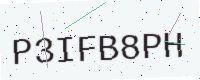
Text: P3IFB8PH